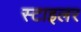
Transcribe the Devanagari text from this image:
स्टाइलर